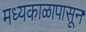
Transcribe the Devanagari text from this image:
मध्यकाळापासून